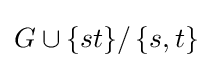
G\cup \{st\}/\left\{s,t\right\}